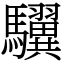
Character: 龮